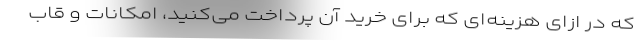
که در ازای هزینه‌ای که برای خرید آن پرداخت می‌کنید، امکانات و قاب